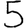
Digit: 5